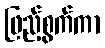
ဖြည့်စွက်ကာ